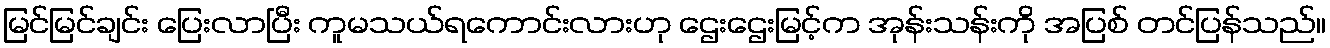
မြင်မြင်ချင်း ပြေးလာပြီး ကူမသယ်ရကောင်းလားဟု ဌေးဌေးမြင့်က အုန်းသန်းကို အပြစ် တင်ပြန်သည်။